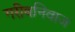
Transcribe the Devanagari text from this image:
गरीबनिवाज